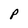
Character: P